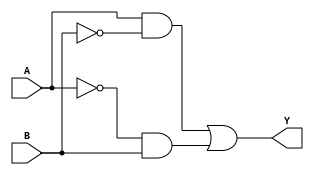
module XOR_gate(input A, B, output Y);

  // Input inverters
  wire A_inv, B_inv;
  assign A_inv = ~A;
  assign B_inv = ~B;

  // XOR gate using transmission gates
  assign Y = (A & B_inv) | (A_inv & B);

endmodule